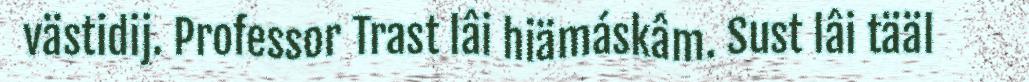
västidij. Professor Trast lâi hiämáskâm. Sust lâi tääl